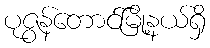
ပုဇွန်တောင်မြို့နယ်ရှိ